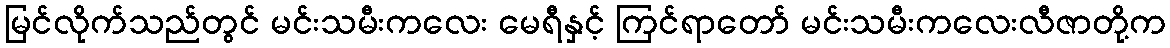
မြင်လိုက်သည်တွင် မင်းသမီးကလေး မေရီနှင့် ကြင်ရာတော် မင်းသမီးကလေးလီဇာတို့က